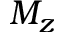
M _ { z }